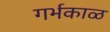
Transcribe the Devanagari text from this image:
गर्भकाळ